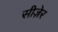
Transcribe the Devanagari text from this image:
सीज़ेर